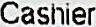
CASHIER